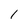
Character: 1